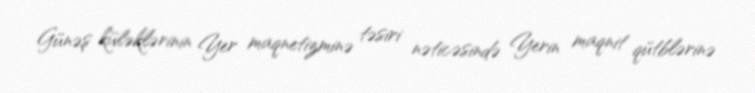
Günəş küləklərinin Yer maqnetizminə təsiri nəticəsində Yerin maqnit qütblərinə